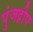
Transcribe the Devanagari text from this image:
पुंजद्वीप